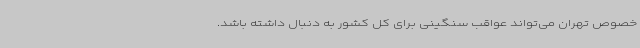
خصوص تهران می‌تواند عواقب سنگینی برای کل کشور به دنبال داشته باشد.